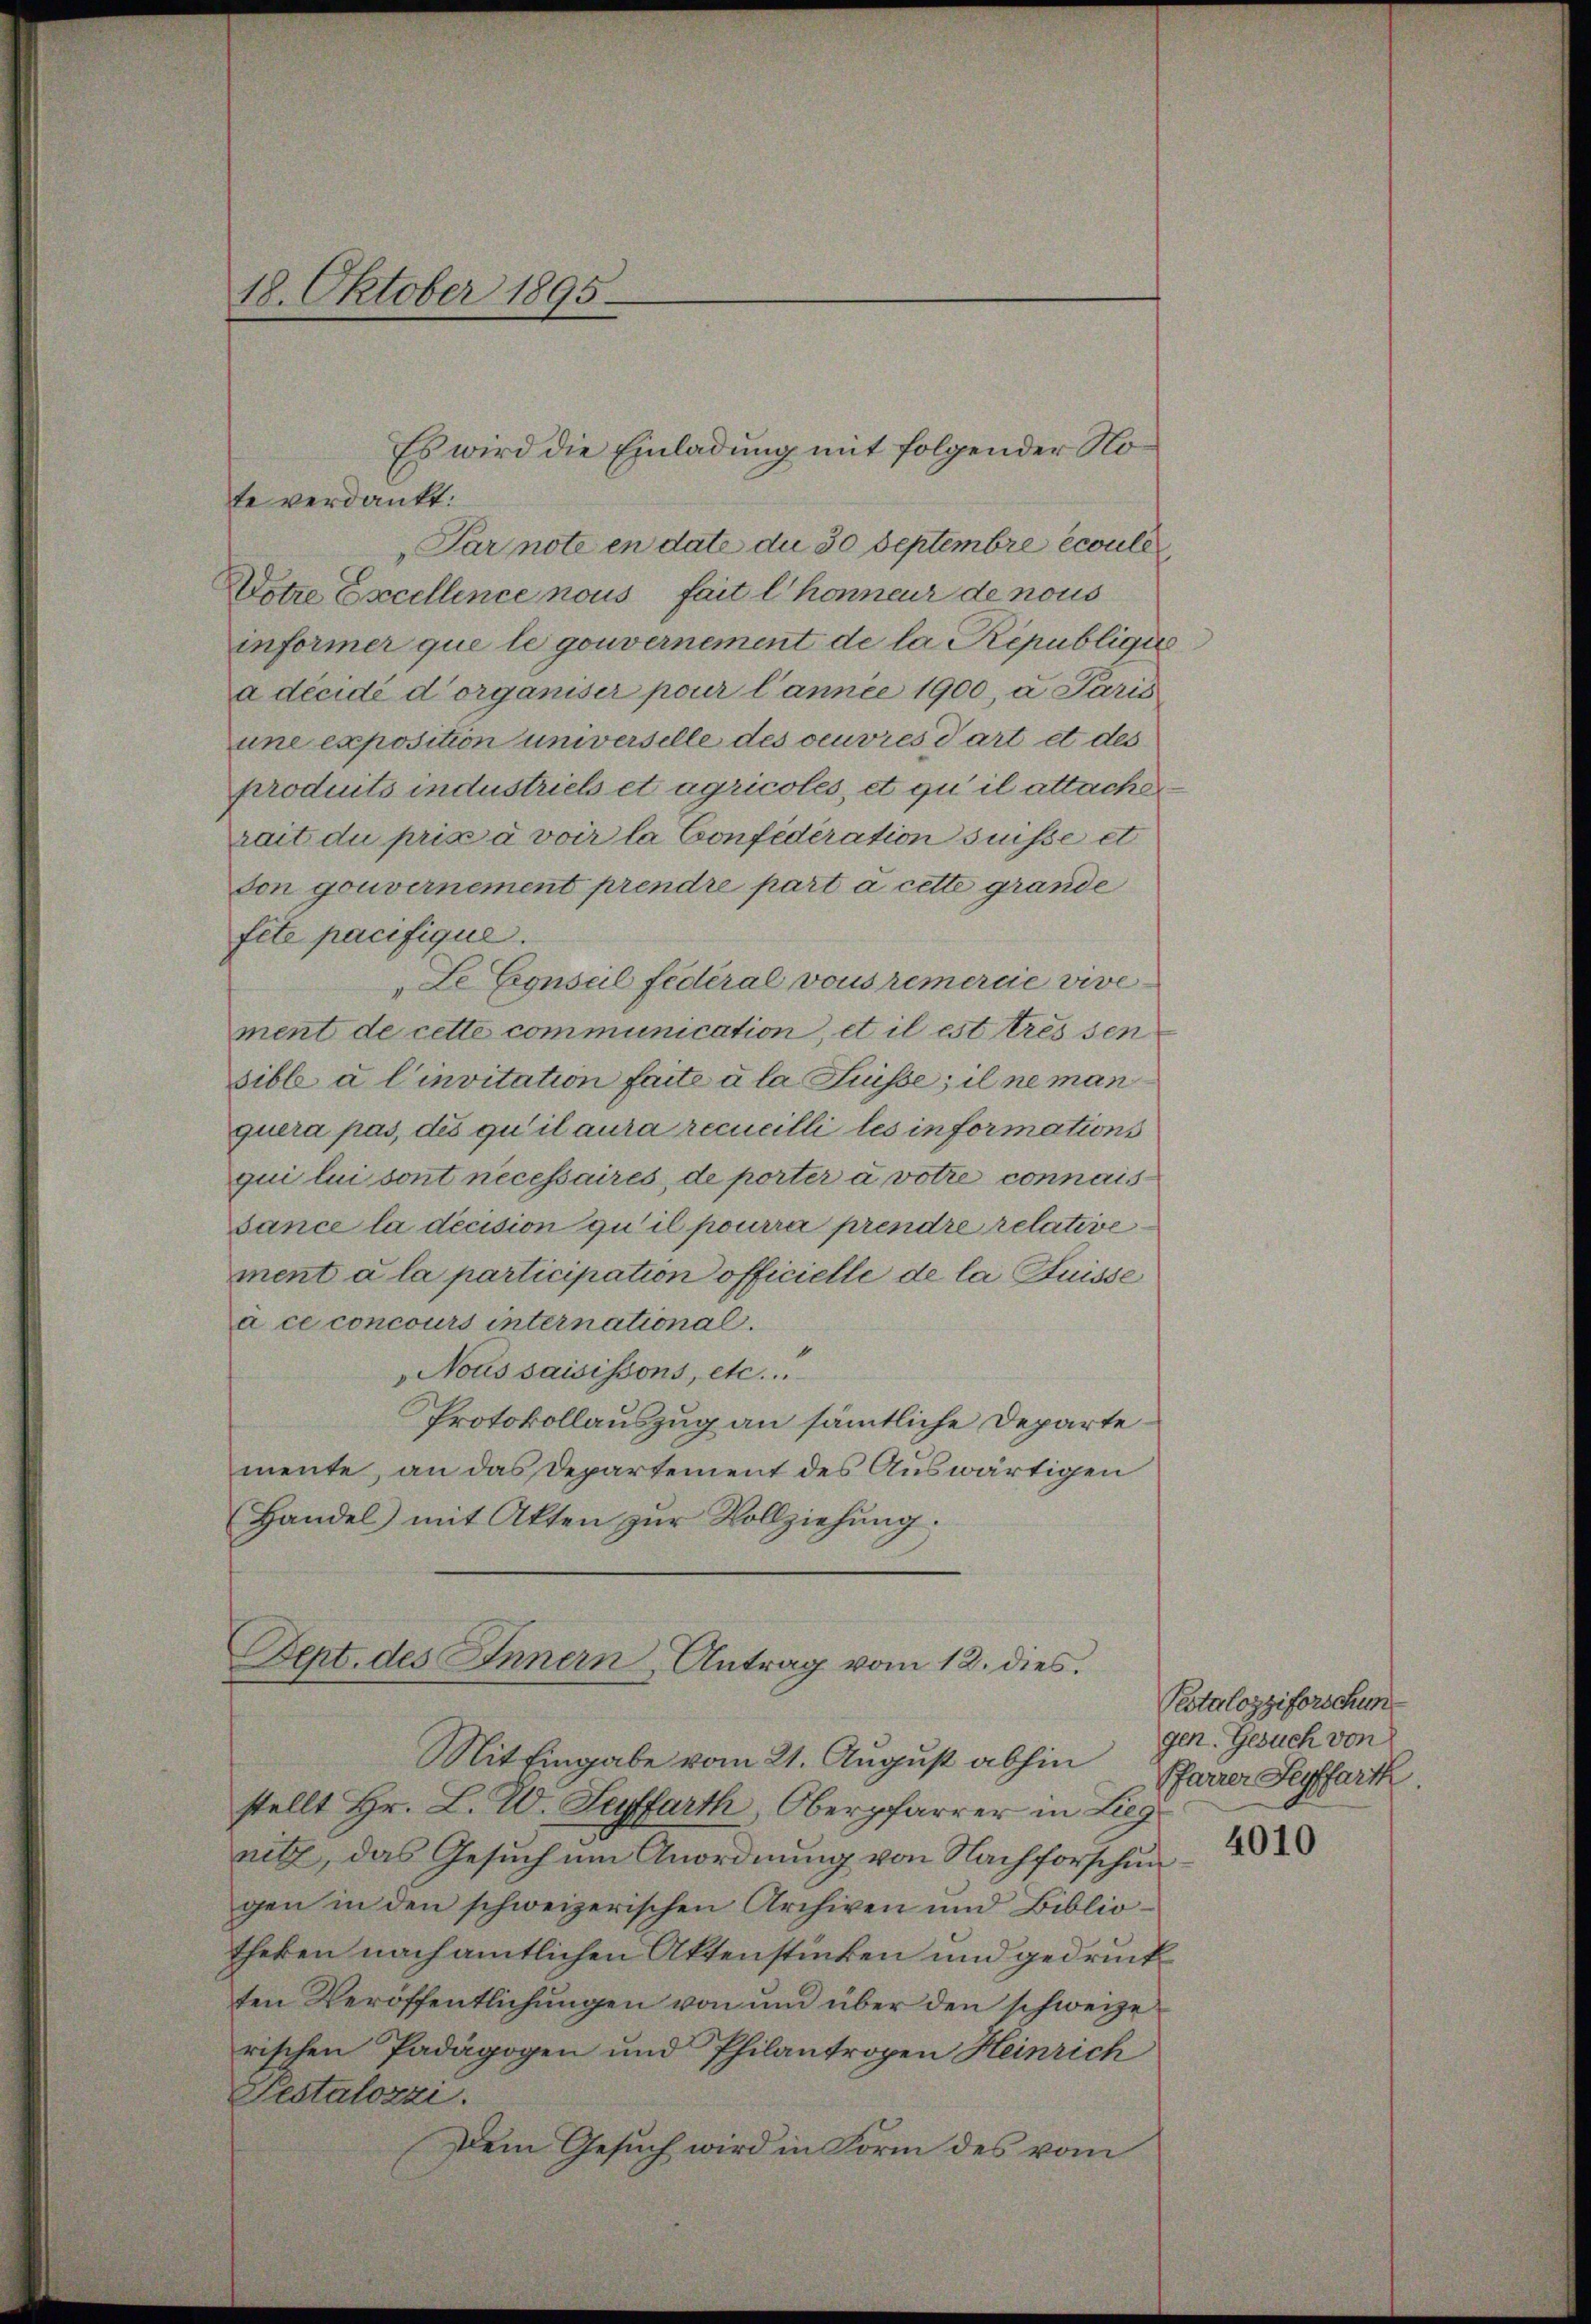
te verdankt.
Par note en date du 30 Septembre écoule
Votre Excellence nous fait l’honneur de nous
informer que le gouvernement de la République
a décidé d’organiser pour l’année 1900, a Paris
une exposition universelle des oeuvres Partet des
produits industriebs et agricoles, et qu’il attache
rait du pris a voir la Confederation suisse et
son gouvernement prendre part à cette grande
fite pacifique.
Le Eeguseil fédéral vous remercie vivement de cette communication, et il est tressen
sible à l’invitation faite à la Suisse; il ne man
quera pas, des qu’il aura recueilli les informations
qui lui sont necessaires, de porter a votre connais
sance la decision qu’il pourra prendre relative
ment à la participation officielle de la Suisse
à ce concours international
Noussaisissons, etc.
Protokollauszug an sämmtliche Departe
mente, an das Departement des Auswärtigen
Handel mit Akten zŭr Vollziehung;

18. Oktober 1895.

Mit Eingabe vom 21. August abhin
stellt Hr. L. W. Suffarth, Oberpfarrer in Lieg
nitz, das Gesuch um Anordnung von Nachforschun
gen in den schweizerischen Archiven und Biblio-
theken nach amtlichen Aktenstücken und gedruck
ten Veröffentlichungen von und über den schweizerischen Padägogen und Philantrogen Heinrich
Pestalozzi.
Dem Gesuch wird in Form des vom

Es wird die Einladung mit folgender No¬

Dept. des Innern Antrag vom 12. dies

Pestalozziforschun
gen. Gesuch von
Pfarrer Seyffarth.

4010